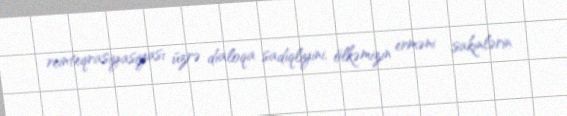
reinteqrasiyasiyası üzrə dialoqa sadiqliyini, ölkəmizin erməni sakinlərin